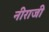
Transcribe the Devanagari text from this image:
नीराजी